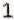
1